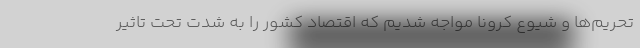
تحریم‌ها و شیوع کرونا مواجه شدیم که اقتصاد کشور را به شدت تحت تاثیر